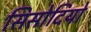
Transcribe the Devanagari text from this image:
सिसोदियो